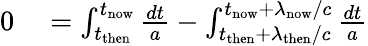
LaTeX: \begin{array}{rl}{0}&{{}=\int_{t_{\mathrm{then}}}^{t_{\mathrm{now}}}{\frac{dt}{a}}-\int_{t_{\mathrm{then}}+\lambda_{\mathrm{then}}/c}^{t_{\mathrm{now}}+\lambda_{\mathrm{now}}/c}{\frac{dt}{a}}}\end{array}